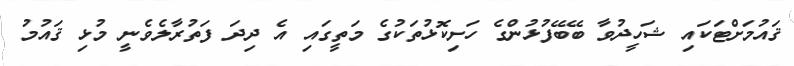
ޤައުމަށްޓަކައި ޝަހީދުވާ ބޭބޭފުޅުންގެ ހަށިކޮޅުތަކުގެ މަތީގައި އެ ދިދަ ފަތުރާލެވެނީ މުޅި ޤައުމު